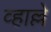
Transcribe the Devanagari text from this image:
व्हाल्ले